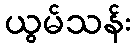
ယွမ်သန်း